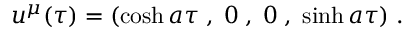
u ^ { \mu } ( \tau ) = ( \cosh a \tau \; , \; 0 \; , \; 0 \; , \; \sinh a \tau ) \; .